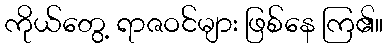
ကိုယ်တွေ့ ရာဇဝင်များ ဖြစ်နေ ကြ၏။